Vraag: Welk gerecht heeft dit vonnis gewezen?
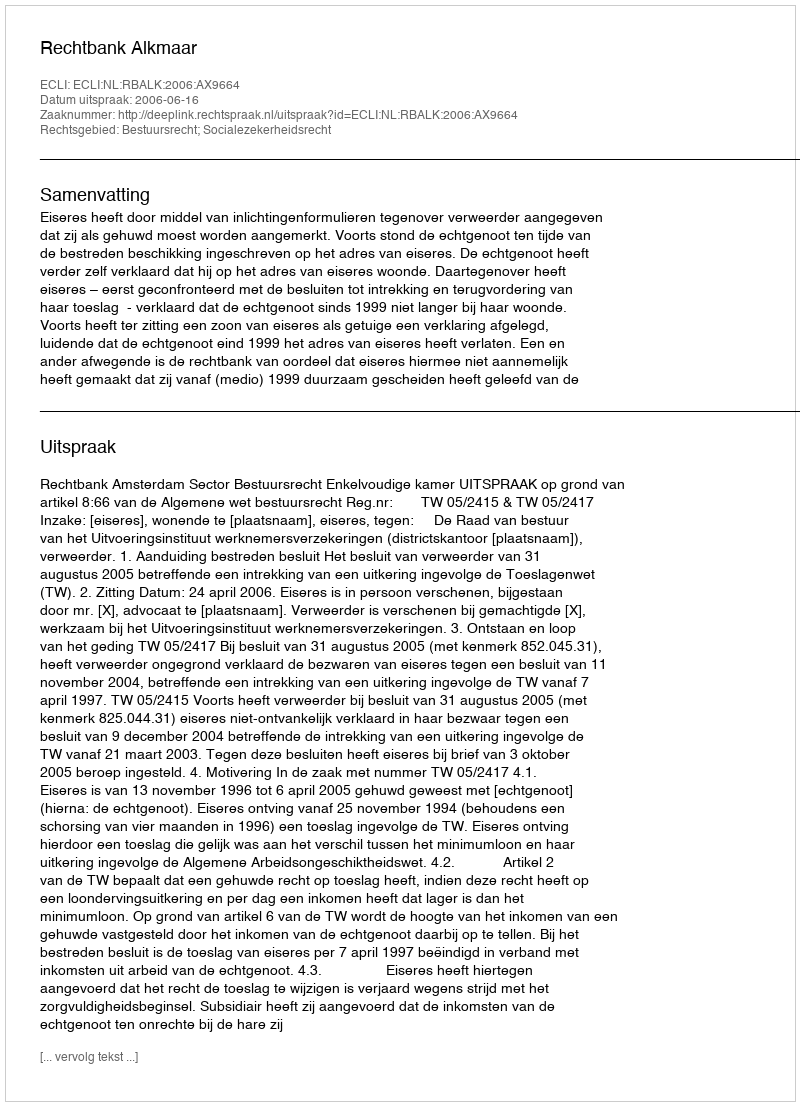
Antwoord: Rechtbank Alkmaar